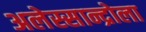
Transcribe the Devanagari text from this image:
अलेस्सान्द्रोला